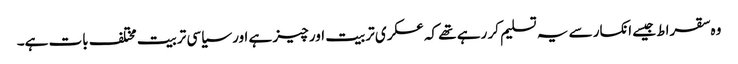
وہ سقراط جیسے انکسار سے یہ تسلیم کر رہے تھے کہ عسکری تربیت اور چیز ہے اور سیاسی تربیت مختلف بات ہے۔